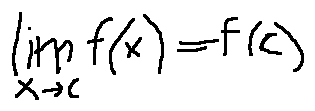
\lim \limits _ { x \rightarrow c } f ( x ) = f ( c )